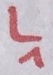
Text: L1